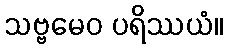
သဗ္ဗမေဝ ပရိဿယံ။